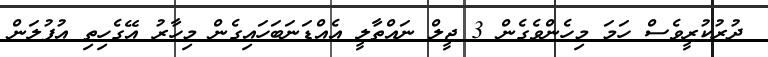
ދުރުކުރީވެސް ހަމަ މިހެންވެގެން 3 ޖީލް ނައްތާލީ އެއްޑަނަބަހައިގެން މިހާރު އޭގެހިތި އުފުލަން